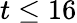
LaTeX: t\leq 16